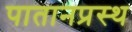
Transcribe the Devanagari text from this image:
पातानप्रस्थ